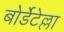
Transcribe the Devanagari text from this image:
बोर्डेटेल्ला